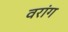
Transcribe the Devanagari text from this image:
वरांग